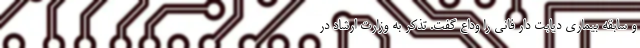
و سابقه بیماری دیابت دار فانی را وداع گفت. تذکر به وزارت ارشاد در